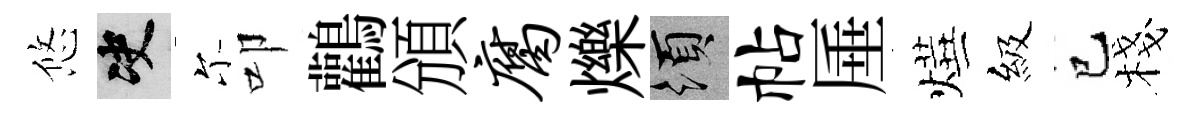
悠决尓叩鸛頒腐爍須帖厜燁級巳棧